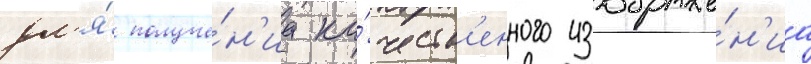
дл'я́ получе́н'иа ка́честв'енного изображе́н'иа